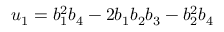
u _ { 1 } = b _ { 1 } ^ { 2 } b _ { 4 } - 2 b _ { 1 } b _ { 2 } b _ { 3 } - b _ { 2 } ^ { 2 } b _ { 4 }